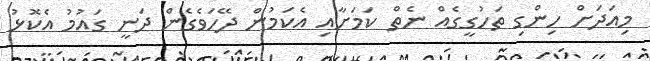
މިއަދަށް ހިންގި ތަހުގީގެއް ނެތް ކަމަށާއި އެކަމުން ދޭހަވެގެން ދަނީ ގައުމު އެކޮޅު